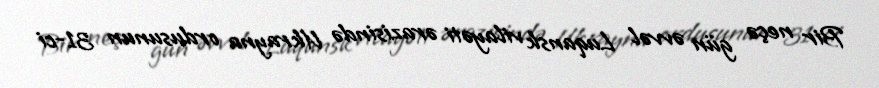
Bir neçə gün əvvəl Luqansk vilayəti ərazisində Ukrayna ordusunun 31-ci